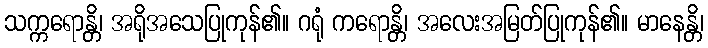
သက္ကရောန္တိ၊ အရိုအသေပြုကုန်၏။ ဂရုံ ကရောန္တိ၊ အလေးအမြတ်ပြုကုန်၏။ မာနေန္တိ၊